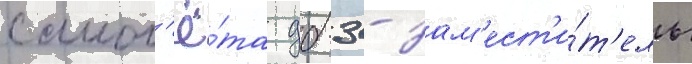
самол'ё́та дб-3 - зам'ест'и́т'ель